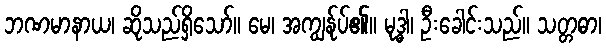
ဘဏမာနာယ၊ ဆိုသည်ရှိသော်။ မေ၊ အကျွန်ုပ်၏။ မုဒ္ဓါ၊ ဦးခေါင်းသည်။ သတ္တဓာ၊